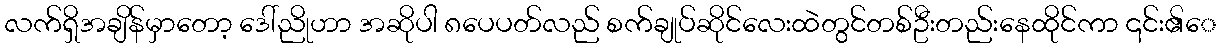
လက်ရှိအချိန်မှာတော့ ဒေါ်ညိုဟာ အဆိုပါ ၈ပေပတ်လည် စက်ချုပ်ဆိုင်လေးထဲတွင်တစ်ဦးတည်းနေထိုင်ကာ ၎င်း၏ေ